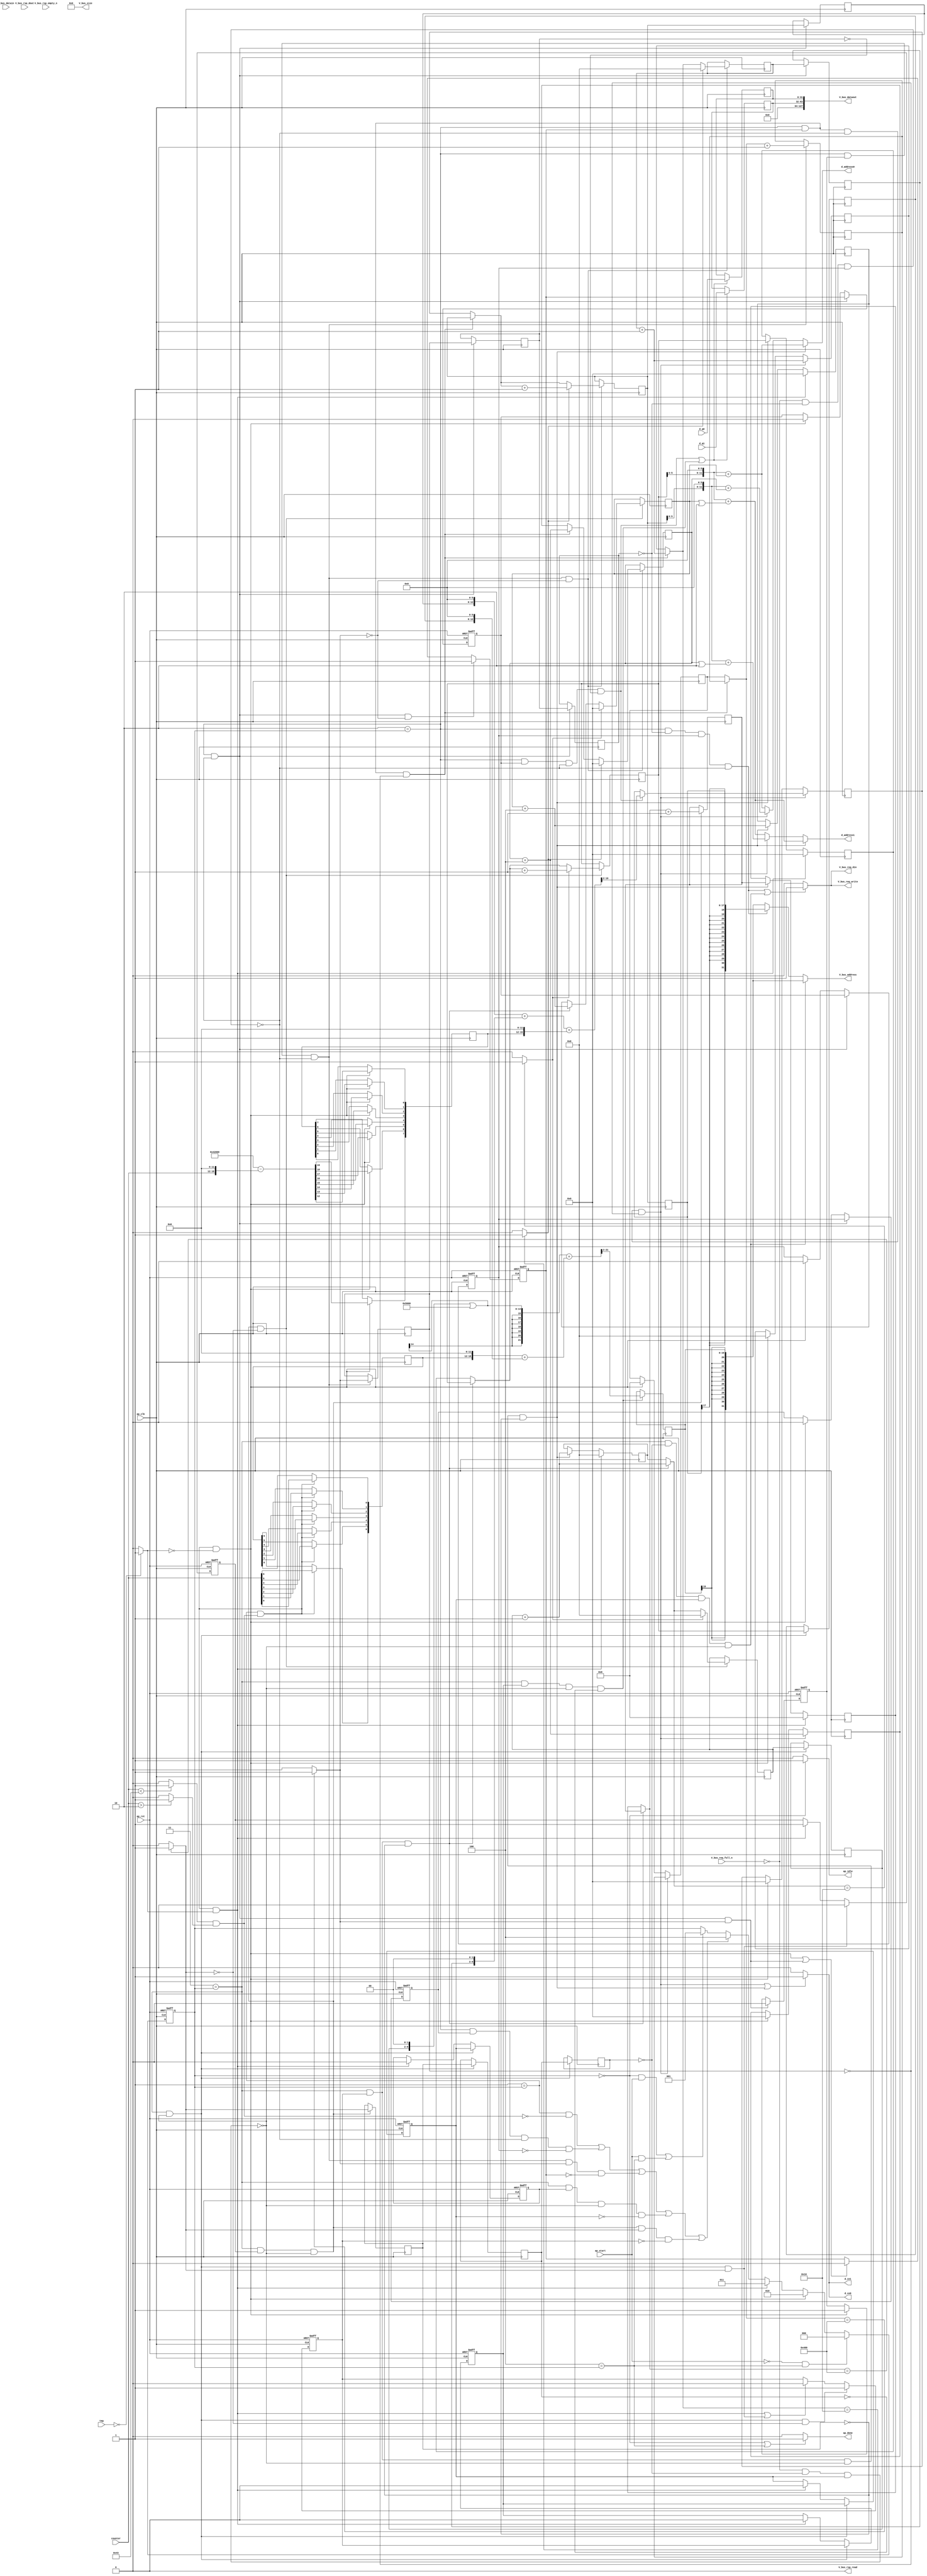
// ==============================================================
// RTL generated by AutoESL - High-Level Synthesis System (C, C++, SystemC)
// Version: 2011.1
// Copyright (C) 2011 Xilinx Inc. All rights reserved.
// 
// ===========================================================

`timescale 1 ns / 1 ps 

module write_r (
        ap_clk,
        ap_rst,
        ap_start,
        ap_done,
        ap_idle,
        tag,
        counter,
        d_address0,
        d_ce0,
        d_q0,
        d_address1,
        d_ce1,
        d_q1,
        V_bus_req_din,
        V_bus_req_full_n,
        V_bus_req_write,
        V_bus_rsp_dout,
        V_bus_rsp_empty_n,
        V_bus_rsp_read,
        V_bus_address,
        V_bus_datain,
        V_bus_dataout,
        V_bus_size
);

input   ap_clk;
input   ap_rst;
input   ap_start;
output   ap_done;
output   ap_idle;
input  [1:0] tag;
input  [6:0] counter;
output  [11:0] d_address0;
output   d_ce0;
input  [31:0] d_q0;
output  [11:0] d_address1;
output   d_ce1;
input  [31:0] d_q1;
output   V_bus_req_din;
input   V_bus_req_full_n;
output   V_bus_req_write;
input   V_bus_rsp_dout;
input   V_bus_rsp_empty_n;
output   V_bus_rsp_read;
output  [31:0] V_bus_address;
input  [127:0] V_bus_datain;
output  [127:0] V_bus_dataout;
output  [31:0] V_bus_size;

reg ap_done;
reg ap_idle;
reg[11:0] d_address0;
reg d_ce0;
reg[11:0] d_address1;
reg d_ce1;
reg V_bus_req_din;
reg V_bus_req_write;
reg[31:0] V_bus_address;
reg[127:0] V_bus_dataout;
reg   [2:0] ap_CS_fsm;
reg   [10:0] indvar_flatten1_reg_135;
reg   [6:0] i_1_reg_146;
reg   [4:0] indvar_reg_157;
reg   [6:0] j_1_reg_168;
reg   [10:0] indvar_flatten_reg_179;
reg   [6:0] i_reg_190;
reg   [4:0] indvar1_reg_201;
reg   [6:0] j_reg_212;
reg   [31:0] reg_224;
reg    ap_reg_ppiten_pp0_it2;
reg    ap_reg_ppiten_pp0_it0;
reg    ap_reg_ppiten_pp0_it1;
reg   [0:0] exitcond2_reg_672;
reg   [0:0] ap_reg_ppstg_exitcond2_reg_672_pp0_it2;
reg    ap_sig_bdd_73;
reg    ap_reg_ppiten_pp0_it3;
reg    ap_reg_ppiten_pp0_it4;
reg   [0:0] ap_reg_ppstg_exitcond2_reg_672_pp0_it1;
reg    ap_reg_ppiten_pp1_it2;
reg    ap_reg_ppiten_pp1_it0;
reg    ap_reg_ppiten_pp1_it1;
reg   [0:0] exitcond_reg_736;
reg   [0:0] ap_reg_ppstg_exitcond_reg_736_pp1_it2;
reg    ap_sig_bdd_96;
reg    ap_reg_ppiten_pp1_it3;
reg    ap_reg_ppiten_pp1_it4;
reg   [0:0] ap_reg_ppstg_exitcond_reg_736_pp1_it1;
reg   [31:0] reg_228;
wire   [19:0] tmp1_cast_fu_266_p1;
reg   [19:0] tmp1_cast_reg_662;
wire   [0:0] or_cond_fu_244_p2;
wire   [19:0] tmp3_fu_270_p2;
reg   [19:0] tmp3_reg_667;
wire   [0:0] tmp_3_fu_250_p2;
wire   [0:0] exitcond2_fu_276_p2;
reg   [10:0] indvar_flatten_next1_reg_676;
reg   [4:0] indvar_mid2_reg_681;
reg   [4:0] ap_reg_ppstg_indvar_mid2_reg_681_pp0_it1;
reg   [6:0] j_1_mid2_reg_687;
reg   [6:0] i_1_mid2_reg_694;
reg   [6:0] ap_reg_ppstg_i_1_mid2_reg_694_pp0_it1;
wire   [6:0] tmp_18_fu_371_p2;
wire   [4:0] indvar_next_fu_376_p2;
reg   [17:0] tmp_16_reg_721;
wire   [127:0] tmp_15_fu_444_p1;
wire   [0:0] exitcond_fu_459_p2;
reg   [10:0] indvar_flatten_next_reg_740;
reg   [4:0] indvar1_mid2_reg_745;
reg   [4:0] ap_reg_ppstg_indvar1_mid2_reg_745_pp1_it1;
reg   [6:0] j_mid2_reg_751;
reg   [6:0] i_mid2_reg_758;
reg   [6:0] ap_reg_ppstg_i_mid2_reg_758_pp1_it1;
wire   [6:0] tmp_10_fu_554_p2;
wire   [4:0] indvar_next1_fu_559_p2;
reg   [19:0] tmp_7_reg_785;
wire   [127:0] tmp_s_fu_641_p1;
reg   [10:0] indvar_flatten1_phi_fu_139_p4;
reg   [6:0] i_1_phi_fu_150_p4;
reg   [4:0] indvar_phi_fu_161_p4;
reg   [6:0] j_1_phi_fu_172_p4;
reg   [10:0] indvar_flatten_phi_fu_183_p4;
reg   [6:0] i_phi_fu_194_p4;
reg   [4:0] indvar1_phi_fu_205_p4;
reg   [6:0] j_phi_fu_216_p4;
wire   [63:0] tmp_12_fu_346_p1;
wire   [63:0] tmp_14_fu_366_p1;
wire   [63:0] tmp_5_fu_529_p1;
wire   [63:0] tmp_6_fu_549_p1;
wire   [63:0] tmp_17_fu_449_p1;
wire   [63:0] tmp_9_fu_646_p1;
wire   [0:0] tmp_1_fu_232_p2;
wire   [0:0] tmp_2_fu_238_p2;
wire   [18:0] counter_cast_fu_256_p1;
wire   [18:0] tmp1_fu_260_p2;
wire   [0:0] exitcond3_fu_288_p2;
wire   [6:0] tmp_13_dup_fu_310_p2;
wire   [12:0] tmp_5_trn2_cast_fu_324_p1;
wire   [12:0] d_addr3_fu_330_p2;
wire   [13:0] d_addr3_cast_fu_336_p1;
wire   [13:0] tmp_14_trn_cast_fu_327_p1;
wire   [13:0] d_addr4_fu_340_p2;
wire   [6:0] tmp_13_fu_351_p2;
wire   [13:0] tmp_16_trn_cast_fu_356_p1;
wire   [13:0] d_addr1_fu_360_p2;
wire   [12:0] i_1_cast_fu_381_p1;
wire   [6:0] indvar_cast_fu_390_p1;
wire   [6:0] tmp_fu_393_p2;
wire   [12:0] tmp6_fu_384_p2;
wire   [12:0] tmp_cast_fu_399_p1;
wire   [12:0] tmp7_fu_403_p2;
wire   [19:0] tmp7_cast_cast_fu_409_p1;
wire   [19:0] tmp10_fu_413_p2;
wire   [31:0] tmp13_fu_432_p1;
wire   [31:0] tmp14_fu_428_p1;
wire   [63:0] p_0_fu_436_p3;
wire   [0:0] exitcond1_fu_471_p2;
wire   [6:0] tmp_6_dup_fu_493_p2;
wire   [12:0] tmp_4_trn7_cast_fu_507_p1;
wire   [12:0] d_addr8_fu_513_p2;
wire   [13:0] d_addr8_cast_fu_519_p1;
wire   [13:0] tmp_7_trn_cast_fu_510_p1;
wire   [13:0] d_addr9_fu_523_p2;
wire   [6:0] tmp_8_fu_534_p2;
wire   [13:0] tmp_9_trn_cast_fu_539_p1;
wire   [13:0] d_addr6_fu_543_p2;
wire   [12:0] i_cast_fu_564_p1;
wire   [12:0] tmp4_fu_567_p2;
wire   [19:0] tmp4_cast_fu_573_p1;
wire   [19:0] tmp2_fu_577_p2;
wire   [6:0] indvar1_cast_fu_586_p1;
wire   [6:0] tmp8_fu_589_p2;
wire   [14:0] tmp8_cast_fu_595_p1;
wire   [14:0] tmp5_fu_599_p2;
wire   [21:0] tmp9_fu_609_p0;
wire   [21:0] tmp2_cast_fu_582_p1;
wire   [21:0] tmp9_fu_609_p2;
wire   [31:0] tmp11_fu_629_p1;
wire   [31:0] tmp12_fu_625_p1;
wire   [63:0] p_s_fu_633_p3;
reg   [2:0] ap_NS_fsm;
parameter    ap_const_logic_1 = 1'b1;
parameter    ap_const_logic_0 = 1'b0;
parameter    ap_ST_st0_fsm_0 = 3'b000;
parameter    ap_ST_st1_fsm_1 = 3'b001;
parameter    ap_ST_pp0_stg0_fsm_2 = 3'b010;
parameter    ap_ST_pp1_stg0_fsm_3 = 3'b011;
parameter    ap_ST_st12_fsm_4 = 3'b100;
parameter    ap_const_lv1_0 = 1'b0;
parameter    ap_const_lv11_0 = 11'b00000000000;
parameter    ap_const_lv7_0 = 7'b0000000;
parameter    ap_const_lv5_0 = 5'b00000;
parameter    ap_const_lv32_0 = 32'b00000000000000000000000000000000;
parameter    ap_const_lv7_43 = 7'b1000011;
parameter    ap_const_lv7_2 = 7'b0000010;
parameter    ap_const_lv2_0 = 2'b00;
parameter    ap_const_lv19_C = 19'b0000000000000001100;
parameter    ap_const_lv20_42000 = 20'b01000010000000000000;
parameter    ap_const_lv11_400 = 11'b10000000000;
parameter    ap_const_lv11_1 = 11'b00000000001;
parameter    ap_const_lv5_10 = 5'b10000;
parameter    ap_const_lv7_1 = 7'b0000001;
parameter    ap_const_lv13_6 = 13'b0000000000110;
parameter    ap_const_lv7_4 = 7'b0000100;
parameter    ap_const_lv5_1 = 5'b00001;
parameter    ap_const_lv32_2 = 32'b00000000000000000000000000000010;
parameter    ap_const_lv32_13 = 32'b00000000000000000000000000010011;
parameter    ap_const_lv15_5000 = 15'b101000000000000;
parameter    ap_const_lv32_15 = 32'b00000000000000000000000000010101;
parameter    ap_true = 1'b1;




/// ap_CS_fsm assign process. ///
always @ (posedge ap_rst or posedge ap_clk)
begin : ap_ret_ap_CS_fsm
    if (ap_rst == 1'b1) begin
        ap_CS_fsm <= ap_ST_st0_fsm_0;
    end else begin
        ap_CS_fsm <= ap_NS_fsm;
    end
end

/// ap_reg_ppiten_pp0_it0 assign process. ///
always @ (posedge ap_rst or posedge ap_clk)
begin : ap_ret_ap_reg_ppiten_pp0_it0
    if (ap_rst == 1'b1) begin
        ap_reg_ppiten_pp0_it0 <= ap_const_logic_0;
    end else begin
        if (((ap_ST_pp0_stg0_fsm_2 == ap_CS_fsm) & ~(ap_sig_bdd_73 & (ap_const_logic_1 == ap_reg_ppiten_pp0_it3)) & ~(ap_const_lv1_0 == exitcond2_fu_276_p2))) begin
            ap_reg_ppiten_pp0_it0 <= ap_const_logic_0;
        end else if (((ap_ST_st1_fsm_1 == ap_CS_fsm) & ~(ap_const_lv1_0 == or_cond_fu_244_p2) & (ap_const_lv1_0 == tmp_3_fu_250_p2))) begin
            ap_reg_ppiten_pp0_it0 <= ap_const_logic_1;
        end
    end
end

/// ap_reg_ppiten_pp0_it1 assign process. ///
always @ (posedge ap_rst or posedge ap_clk)
begin : ap_ret_ap_reg_ppiten_pp0_it1
    if (ap_rst == 1'b1) begin
        ap_reg_ppiten_pp0_it1 <= ap_const_logic_0;
    end else begin
        if (((ap_ST_pp0_stg0_fsm_2 == ap_CS_fsm) & ~(ap_sig_bdd_73 & (ap_const_logic_1 == ap_reg_ppiten_pp0_it3)) & (ap_const_lv1_0 == exitcond2_fu_276_p2))) begin
            ap_reg_ppiten_pp0_it1 <= ap_const_logic_1;
        end else if ((((ap_ST_st1_fsm_1 == ap_CS_fsm) & ~(ap_const_lv1_0 == or_cond_fu_244_p2) & (ap_const_lv1_0 == tmp_3_fu_250_p2)) | ((ap_ST_pp0_stg0_fsm_2 == ap_CS_fsm) & ~(ap_sig_bdd_73 & (ap_const_logic_1 == ap_reg_ppiten_pp0_it3)) & ~(ap_const_lv1_0 == exitcond2_fu_276_p2)))) begin
            ap_reg_ppiten_pp0_it1 <= ap_const_logic_0;
        end
    end
end

/// ap_reg_ppiten_pp0_it2 assign process. ///
always @ (posedge ap_rst or posedge ap_clk)
begin : ap_ret_ap_reg_ppiten_pp0_it2
    if (ap_rst == 1'b1) begin
        ap_reg_ppiten_pp0_it2 <= ap_const_logic_0;
    end else begin
        if (((ap_ST_pp0_stg0_fsm_2 == ap_CS_fsm) & ~(ap_sig_bdd_73 & (ap_const_logic_1 == ap_reg_ppiten_pp0_it3)))) begin
            ap_reg_ppiten_pp0_it2 <= ap_reg_ppiten_pp0_it1;
        end else if (((ap_ST_st1_fsm_1 == ap_CS_fsm) & ~(ap_const_lv1_0 == or_cond_fu_244_p2) & (ap_const_lv1_0 == tmp_3_fu_250_p2))) begin
            ap_reg_ppiten_pp0_it2 <= ap_const_logic_0;
        end
    end
end

/// ap_reg_ppiten_pp0_it3 assign process. ///
always @ (posedge ap_rst or posedge ap_clk)
begin : ap_ret_ap_reg_ppiten_pp0_it3
    if (ap_rst == 1'b1) begin
        ap_reg_ppiten_pp0_it3 <= ap_const_logic_0;
    end else begin
        if (((ap_ST_pp0_stg0_fsm_2 == ap_CS_fsm) & ~(ap_sig_bdd_73 & (ap_const_logic_1 == ap_reg_ppiten_pp0_it3)))) begin
            ap_reg_ppiten_pp0_it3 <= ap_reg_ppiten_pp0_it2;
        end else if (((ap_ST_st1_fsm_1 == ap_CS_fsm) & ~(ap_const_lv1_0 == or_cond_fu_244_p2) & (ap_const_lv1_0 == tmp_3_fu_250_p2))) begin
            ap_reg_ppiten_pp0_it3 <= ap_const_logic_0;
        end
    end
end

/// ap_reg_ppiten_pp0_it4 assign process. ///
always @ (posedge ap_rst or posedge ap_clk)
begin : ap_ret_ap_reg_ppiten_pp0_it4
    if (ap_rst == 1'b1) begin
        ap_reg_ppiten_pp0_it4 <= ap_const_logic_0;
    end else begin
        if (((ap_ST_pp0_stg0_fsm_2 == ap_CS_fsm) & ~(ap_sig_bdd_73 & (ap_const_logic_1 == ap_reg_ppiten_pp0_it3)))) begin
            ap_reg_ppiten_pp0_it4 <= ap_reg_ppiten_pp0_it3;
        end else if (((ap_ST_st1_fsm_1 == ap_CS_fsm) & ~(ap_const_lv1_0 == or_cond_fu_244_p2) & (ap_const_lv1_0 == tmp_3_fu_250_p2))) begin
            ap_reg_ppiten_pp0_it4 <= ap_const_logic_0;
        end
    end
end

/// ap_reg_ppiten_pp1_it0 assign process. ///
always @ (posedge ap_rst or posedge ap_clk)
begin : ap_ret_ap_reg_ppiten_pp1_it0
    if (ap_rst == 1'b1) begin
        ap_reg_ppiten_pp1_it0 <= ap_const_logic_0;
    end else begin
        if (((ap_ST_pp1_stg0_fsm_3 == ap_CS_fsm) & ~(ap_sig_bdd_96 & (ap_const_logic_1 == ap_reg_ppiten_pp1_it3)) & ~(ap_const_lv1_0 == exitcond_fu_459_p2))) begin
            ap_reg_ppiten_pp1_it0 <= ap_const_logic_0;
        end else if (((ap_ST_st1_fsm_1 == ap_CS_fsm) & ~(ap_const_lv1_0 == or_cond_fu_244_p2) & ~(ap_const_lv1_0 == tmp_3_fu_250_p2))) begin
            ap_reg_ppiten_pp1_it0 <= ap_const_logic_1;
        end
    end
end

/// ap_reg_ppiten_pp1_it1 assign process. ///
always @ (posedge ap_rst or posedge ap_clk)
begin : ap_ret_ap_reg_ppiten_pp1_it1
    if (ap_rst == 1'b1) begin
        ap_reg_ppiten_pp1_it1 <= ap_const_logic_0;
    end else begin
        if (((ap_ST_pp1_stg0_fsm_3 == ap_CS_fsm) & ~(ap_sig_bdd_96 & (ap_const_logic_1 == ap_reg_ppiten_pp1_it3)) & (ap_const_lv1_0 == exitcond_fu_459_p2))) begin
            ap_reg_ppiten_pp1_it1 <= ap_const_logic_1;
        end else if ((((ap_ST_st1_fsm_1 == ap_CS_fsm) & ~(ap_const_lv1_0 == or_cond_fu_244_p2) & ~(ap_const_lv1_0 == tmp_3_fu_250_p2)) | ((ap_ST_pp1_stg0_fsm_3 == ap_CS_fsm) & ~(ap_sig_bdd_96 & (ap_const_logic_1 == ap_reg_ppiten_pp1_it3)) & ~(ap_const_lv1_0 == exitcond_fu_459_p2)))) begin
            ap_reg_ppiten_pp1_it1 <= ap_const_logic_0;
        end
    end
end

/// ap_reg_ppiten_pp1_it2 assign process. ///
always @ (posedge ap_rst or posedge ap_clk)
begin : ap_ret_ap_reg_ppiten_pp1_it2
    if (ap_rst == 1'b1) begin
        ap_reg_ppiten_pp1_it2 <= ap_const_logic_0;
    end else begin
        if (((ap_ST_pp1_stg0_fsm_3 == ap_CS_fsm) & ~(ap_sig_bdd_96 & (ap_const_logic_1 == ap_reg_ppiten_pp1_it3)))) begin
            ap_reg_ppiten_pp1_it2 <= ap_reg_ppiten_pp1_it1;
        end else if (((ap_ST_st1_fsm_1 == ap_CS_fsm) & ~(ap_const_lv1_0 == or_cond_fu_244_p2) & ~(ap_const_lv1_0 == tmp_3_fu_250_p2))) begin
            ap_reg_ppiten_pp1_it2 <= ap_const_logic_0;
        end
    end
end

/// ap_reg_ppiten_pp1_it3 assign process. ///
always @ (posedge ap_rst or posedge ap_clk)
begin : ap_ret_ap_reg_ppiten_pp1_it3
    if (ap_rst == 1'b1) begin
        ap_reg_ppiten_pp1_it3 <= ap_const_logic_0;
    end else begin
        if (((ap_ST_pp1_stg0_fsm_3 == ap_CS_fsm) & ~(ap_sig_bdd_96 & (ap_const_logic_1 == ap_reg_ppiten_pp1_it3)))) begin
            ap_reg_ppiten_pp1_it3 <= ap_reg_ppiten_pp1_it2;
        end else if (((ap_ST_st1_fsm_1 == ap_CS_fsm) & ~(ap_const_lv1_0 == or_cond_fu_244_p2) & ~(ap_const_lv1_0 == tmp_3_fu_250_p2))) begin
            ap_reg_ppiten_pp1_it3 <= ap_const_logic_0;
        end
    end
end

/// ap_reg_ppiten_pp1_it4 assign process. ///
always @ (posedge ap_rst or posedge ap_clk)
begin : ap_ret_ap_reg_ppiten_pp1_it4
    if (ap_rst == 1'b1) begin
        ap_reg_ppiten_pp1_it4 <= ap_const_logic_0;
    end else begin
        if (((ap_ST_pp1_stg0_fsm_3 == ap_CS_fsm) & ~(ap_sig_bdd_96 & (ap_const_logic_1 == ap_reg_ppiten_pp1_it3)))) begin
            ap_reg_ppiten_pp1_it4 <= ap_reg_ppiten_pp1_it3;
        end else if (((ap_ST_st1_fsm_1 == ap_CS_fsm) & ~(ap_const_lv1_0 == or_cond_fu_244_p2) & ~(ap_const_lv1_0 == tmp_3_fu_250_p2))) begin
            ap_reg_ppiten_pp1_it4 <= ap_const_logic_0;
        end
    end
end

/// assign process. ///
always @(posedge ap_clk)
begin
    if (((ap_ST_pp0_stg0_fsm_2 == ap_CS_fsm) & ~(ap_sig_bdd_73 & (ap_const_logic_1 == ap_reg_ppiten_pp0_it3)))) begin
        ap_reg_ppstg_exitcond2_reg_672_pp0_it1 <= exitcond2_reg_672;
    end
    if (((ap_ST_pp0_stg0_fsm_2 == ap_CS_fsm) & ~(ap_sig_bdd_73 & (ap_const_logic_1 == ap_reg_ppiten_pp0_it3)))) begin
        ap_reg_ppstg_exitcond2_reg_672_pp0_it2 <= ap_reg_ppstg_exitcond2_reg_672_pp0_it1;
    end
    if (((ap_ST_pp1_stg0_fsm_3 == ap_CS_fsm) & ~(ap_sig_bdd_96 & (ap_const_logic_1 == ap_reg_ppiten_pp1_it3)))) begin
        ap_reg_ppstg_exitcond_reg_736_pp1_it1 <= exitcond_reg_736;
    end
    if (((ap_ST_pp1_stg0_fsm_3 == ap_CS_fsm) & ~(ap_sig_bdd_96 & (ap_const_logic_1 == ap_reg_ppiten_pp1_it3)))) begin
        ap_reg_ppstg_exitcond_reg_736_pp1_it2 <= ap_reg_ppstg_exitcond_reg_736_pp1_it1;
    end
    if (((ap_ST_pp0_stg0_fsm_2 == ap_CS_fsm) & ~(ap_sig_bdd_73 & (ap_const_logic_1 == ap_reg_ppiten_pp0_it3)))) begin
        ap_reg_ppstg_i_1_mid2_reg_694_pp0_it1 <= i_1_mid2_reg_694;
    end
    if (((ap_ST_pp1_stg0_fsm_3 == ap_CS_fsm) & ~(ap_sig_bdd_96 & (ap_const_logic_1 == ap_reg_ppiten_pp1_it3)))) begin
        ap_reg_ppstg_i_mid2_reg_758_pp1_it1 <= i_mid2_reg_758;
    end
    if (((ap_ST_pp1_stg0_fsm_3 == ap_CS_fsm) & ~(ap_sig_bdd_96 & (ap_const_logic_1 == ap_reg_ppiten_pp1_it3)))) begin
        ap_reg_ppstg_indvar1_mid2_reg_745_pp1_it1 <= indvar1_mid2_reg_745;
    end
    if (((ap_ST_pp0_stg0_fsm_2 == ap_CS_fsm) & ~(ap_sig_bdd_73 & (ap_const_logic_1 == ap_reg_ppiten_pp0_it3)))) begin
        ap_reg_ppstg_indvar_mid2_reg_681_pp0_it1 <= indvar_mid2_reg_681;
    end
    if (((ap_ST_pp0_stg0_fsm_2 == ap_CS_fsm) & (ap_const_logic_1 == ap_reg_ppiten_pp0_it0) & ~(ap_sig_bdd_73 & (ap_const_logic_1 == ap_reg_ppiten_pp0_it3)))) begin
        exitcond2_reg_672 <= (indvar_flatten1_phi_fu_139_p4 == ap_const_lv11_400? 1'b1: 1'b0);
    end
    if (((ap_ST_pp1_stg0_fsm_3 == ap_CS_fsm) & (ap_const_logic_1 == ap_reg_ppiten_pp1_it0) & ~(ap_sig_bdd_96 & (ap_const_logic_1 == ap_reg_ppiten_pp1_it3)))) begin
        exitcond_reg_736 <= (indvar_flatten_phi_fu_183_p4 == ap_const_lv11_400? 1'b1: 1'b0);
    end
    if (((ap_ST_pp0_stg0_fsm_2 == ap_CS_fsm) & (ap_const_logic_1 == ap_reg_ppiten_pp0_it0) & ~(ap_sig_bdd_73 & (ap_const_logic_1 == ap_reg_ppiten_pp0_it3)) & (ap_const_lv1_0 == exitcond2_fu_276_p2))) begin
        if (exitcond3_fu_288_p2) begin
            i_1_mid2_reg_694 <= tmp_13_dup_fu_310_p2;
        end else begin
            i_1_mid2_reg_694 <= i_1_phi_fu_150_p4;
        end

    end
    if (((ap_ST_pp0_stg0_fsm_2 == ap_CS_fsm) & (ap_const_logic_1 == ap_reg_ppiten_pp0_it1) & ~(ap_sig_bdd_73 & (ap_const_logic_1 == ap_reg_ppiten_pp0_it3)) & (exitcond2_reg_672 == ap_const_lv1_0))) begin
        i_1_reg_146 <= i_1_mid2_reg_694;
    end else if (((ap_ST_st1_fsm_1 == ap_CS_fsm) & ~(ap_const_lv1_0 == or_cond_fu_244_p2) & (ap_const_lv1_0 == tmp_3_fu_250_p2))) begin
        i_1_reg_146 <= ap_const_lv7_0;
    end
    if (((ap_ST_pp1_stg0_fsm_3 == ap_CS_fsm) & (ap_const_logic_1 == ap_reg_ppiten_pp1_it0) & ~(ap_sig_bdd_96 & (ap_const_logic_1 == ap_reg_ppiten_pp1_it3)) & (ap_const_lv1_0 == exitcond_fu_459_p2))) begin
        if (exitcond1_fu_471_p2) begin
            i_mid2_reg_758 <= tmp_6_dup_fu_493_p2;
        end else begin
            i_mid2_reg_758 <= i_phi_fu_194_p4;
        end

    end
    if (((ap_ST_st1_fsm_1 == ap_CS_fsm) & ~(ap_const_lv1_0 == or_cond_fu_244_p2) & ~(ap_const_lv1_0 == tmp_3_fu_250_p2))) begin
        i_reg_190 <= ap_const_lv7_0;
    end else if (((ap_ST_pp1_stg0_fsm_3 == ap_CS_fsm) & (ap_const_logic_1 == ap_reg_ppiten_pp1_it1) & ~(ap_sig_bdd_96 & (ap_const_logic_1 == ap_reg_ppiten_pp1_it3)) & (ap_const_lv1_0 == exitcond_reg_736))) begin
        i_reg_190 <= i_mid2_reg_758;
    end
    if (((ap_ST_pp1_stg0_fsm_3 == ap_CS_fsm) & (ap_const_logic_1 == ap_reg_ppiten_pp1_it0) & ~(ap_sig_bdd_96 & (ap_const_logic_1 == ap_reg_ppiten_pp1_it3)) & (ap_const_lv1_0 == exitcond_fu_459_p2))) begin
        if (exitcond1_fu_471_p2) begin
            indvar1_mid2_reg_745 <= ap_const_lv5_0;
        end else begin
            indvar1_mid2_reg_745 <= indvar1_phi_fu_205_p4;
        end

    end
    if (((ap_ST_st1_fsm_1 == ap_CS_fsm) & ~(ap_const_lv1_0 == or_cond_fu_244_p2) & ~(ap_const_lv1_0 == tmp_3_fu_250_p2))) begin
        indvar1_reg_201 <= ap_const_lv5_0;
    end else if (((ap_ST_pp1_stg0_fsm_3 == ap_CS_fsm) & (ap_const_logic_1 == ap_reg_ppiten_pp1_it1) & ~(ap_sig_bdd_96 & (ap_const_logic_1 == ap_reg_ppiten_pp1_it3)) & (ap_const_lv1_0 == exitcond_reg_736))) begin
        indvar1_reg_201 <= (indvar1_mid2_reg_745 + ap_const_lv5_1);
    end
    if (((ap_ST_pp0_stg0_fsm_2 == ap_CS_fsm) & (ap_const_logic_1 == ap_reg_ppiten_pp0_it1) & ~(ap_sig_bdd_73 & (ap_const_logic_1 == ap_reg_ppiten_pp0_it3)) & (exitcond2_reg_672 == ap_const_lv1_0))) begin
        indvar_flatten1_reg_135 <= indvar_flatten_next1_reg_676;
    end else if (((ap_ST_st1_fsm_1 == ap_CS_fsm) & ~(ap_const_lv1_0 == or_cond_fu_244_p2) & (ap_const_lv1_0 == tmp_3_fu_250_p2))) begin
        indvar_flatten1_reg_135 <= ap_const_lv11_0;
    end
    if (((ap_ST_pp0_stg0_fsm_2 == ap_CS_fsm) & (ap_const_logic_1 == ap_reg_ppiten_pp0_it0) & ~(ap_sig_bdd_73 & (ap_const_logic_1 == ap_reg_ppiten_pp0_it3)))) begin
        indvar_flatten_next1_reg_676 <= (indvar_flatten1_phi_fu_139_p4 + ap_const_lv11_1);
    end
    if (((ap_ST_pp1_stg0_fsm_3 == ap_CS_fsm) & (ap_const_logic_1 == ap_reg_ppiten_pp1_it0) & ~(ap_sig_bdd_96 & (ap_const_logic_1 == ap_reg_ppiten_pp1_it3)))) begin
        indvar_flatten_next_reg_740 <= (indvar_flatten_phi_fu_183_p4 + ap_const_lv11_1);
    end
    if (((ap_ST_st1_fsm_1 == ap_CS_fsm) & ~(ap_const_lv1_0 == or_cond_fu_244_p2) & ~(ap_const_lv1_0 == tmp_3_fu_250_p2))) begin
        indvar_flatten_reg_179 <= ap_const_lv11_0;
    end else if (((ap_ST_pp1_stg0_fsm_3 == ap_CS_fsm) & (ap_const_logic_1 == ap_reg_ppiten_pp1_it1) & ~(ap_sig_bdd_96 & (ap_const_logic_1 == ap_reg_ppiten_pp1_it3)) & (ap_const_lv1_0 == exitcond_reg_736))) begin
        indvar_flatten_reg_179 <= indvar_flatten_next_reg_740;
    end
    if (((ap_ST_pp0_stg0_fsm_2 == ap_CS_fsm) & (ap_const_logic_1 == ap_reg_ppiten_pp0_it0) & ~(ap_sig_bdd_73 & (ap_const_logic_1 == ap_reg_ppiten_pp0_it3)) & (ap_const_lv1_0 == exitcond2_fu_276_p2))) begin
        if (exitcond3_fu_288_p2) begin
            indvar_mid2_reg_681 <= ap_const_lv5_0;
        end else begin
            indvar_mid2_reg_681 <= indvar_phi_fu_161_p4;
        end

    end
    if (((ap_ST_pp0_stg0_fsm_2 == ap_CS_fsm) & (ap_const_logic_1 == ap_reg_ppiten_pp0_it1) & ~(ap_sig_bdd_73 & (ap_const_logic_1 == ap_reg_ppiten_pp0_it3)) & (exitcond2_reg_672 == ap_const_lv1_0))) begin
        indvar_reg_157 <= (indvar_mid2_reg_681 + ap_const_lv5_1);
    end else if (((ap_ST_st1_fsm_1 == ap_CS_fsm) & ~(ap_const_lv1_0 == or_cond_fu_244_p2) & (ap_const_lv1_0 == tmp_3_fu_250_p2))) begin
        indvar_reg_157 <= ap_const_lv5_0;
    end
    if (((ap_ST_pp0_stg0_fsm_2 == ap_CS_fsm) & (ap_const_logic_1 == ap_reg_ppiten_pp0_it0) & ~(ap_sig_bdd_73 & (ap_const_logic_1 == ap_reg_ppiten_pp0_it3)) & (ap_const_lv1_0 == exitcond2_fu_276_p2))) begin
        if (exitcond3_fu_288_p2) begin
            j_1_mid2_reg_687 <= ap_const_lv7_0;
        end else begin
            j_1_mid2_reg_687 <= j_1_phi_fu_172_p4;
        end

    end
    if (((ap_ST_pp0_stg0_fsm_2 == ap_CS_fsm) & (ap_const_logic_1 == ap_reg_ppiten_pp0_it1) & ~(ap_sig_bdd_73 & (ap_const_logic_1 == ap_reg_ppiten_pp0_it3)) & (exitcond2_reg_672 == ap_const_lv1_0))) begin
        j_1_reg_168 <= (j_1_mid2_reg_687 + ap_const_lv7_4);
    end else if (((ap_ST_st1_fsm_1 == ap_CS_fsm) & ~(ap_const_lv1_0 == or_cond_fu_244_p2) & (ap_const_lv1_0 == tmp_3_fu_250_p2))) begin
        j_1_reg_168 <= ap_const_lv7_0;
    end
    if (((ap_ST_pp1_stg0_fsm_3 == ap_CS_fsm) & (ap_const_logic_1 == ap_reg_ppiten_pp1_it0) & ~(ap_sig_bdd_96 & (ap_const_logic_1 == ap_reg_ppiten_pp1_it3)) & (ap_const_lv1_0 == exitcond_fu_459_p2))) begin
        if (exitcond1_fu_471_p2) begin
            j_mid2_reg_751 <= ap_const_lv7_0;
        end else begin
            j_mid2_reg_751 <= j_phi_fu_216_p4;
        end

    end
    if (((ap_ST_st1_fsm_1 == ap_CS_fsm) & ~(ap_const_lv1_0 == or_cond_fu_244_p2) & ~(ap_const_lv1_0 == tmp_3_fu_250_p2))) begin
        j_reg_212 <= ap_const_lv7_0;
    end else if (((ap_ST_pp1_stg0_fsm_3 == ap_CS_fsm) & (ap_const_logic_1 == ap_reg_ppiten_pp1_it1) & ~(ap_sig_bdd_96 & (ap_const_logic_1 == ap_reg_ppiten_pp1_it3)) & (ap_const_lv1_0 == exitcond_reg_736))) begin
        j_reg_212 <= (j_mid2_reg_751 + ap_const_lv7_4);
    end
    if ((((ap_ST_pp0_stg0_fsm_2 == ap_CS_fsm) & (ap_const_logic_1 == ap_reg_ppiten_pp0_it2) & ~(ap_sig_bdd_73 & (ap_const_logic_1 == ap_reg_ppiten_pp0_it3)) & (ap_const_lv1_0 == ap_reg_ppstg_exitcond2_reg_672_pp0_it1)) | ((ap_ST_pp1_stg0_fsm_3 == ap_CS_fsm) & (ap_const_logic_1 == ap_reg_ppiten_pp1_it2) & ~(ap_sig_bdd_96 & (ap_const_logic_1 == ap_reg_ppiten_pp1_it3)) & (ap_const_lv1_0 == ap_reg_ppstg_exitcond_reg_736_pp1_it1)))) begin
        reg_224 <= d_q0;
    end
    if ((((ap_ST_pp0_stg0_fsm_2 == ap_CS_fsm) & (ap_const_logic_1 == ap_reg_ppiten_pp0_it2) & ~(ap_sig_bdd_73 & (ap_const_logic_1 == ap_reg_ppiten_pp0_it3)) & (ap_const_lv1_0 == ap_reg_ppstg_exitcond2_reg_672_pp0_it1)) | ((ap_ST_pp1_stg0_fsm_3 == ap_CS_fsm) & (ap_const_logic_1 == ap_reg_ppiten_pp1_it2) & ~(ap_sig_bdd_96 & (ap_const_logic_1 == ap_reg_ppiten_pp1_it3)) & (ap_const_lv1_0 == ap_reg_ppstg_exitcond_reg_736_pp1_it1)))) begin
        reg_228 <= d_q1;
    end
    if (((ap_ST_st1_fsm_1 == ap_CS_fsm) & ~(ap_const_lv1_0 == or_cond_fu_244_p2))) begin
        tmp1_cast_reg_662[12] <= tmp1_cast_fu_266_p1[12];
        tmp1_cast_reg_662[13] <= tmp1_cast_fu_266_p1[13];
        tmp1_cast_reg_662[14] <= tmp1_cast_fu_266_p1[14];
        tmp1_cast_reg_662[15] <= tmp1_cast_fu_266_p1[15];
        tmp1_cast_reg_662[16] <= tmp1_cast_fu_266_p1[16];
        tmp1_cast_reg_662[17] <= tmp1_cast_fu_266_p1[17];
        tmp1_cast_reg_662[18] <= tmp1_cast_fu_266_p1[18];
    end
    if (((ap_ST_st1_fsm_1 == ap_CS_fsm) & ~(ap_const_lv1_0 == or_cond_fu_244_p2) & (ap_const_lv1_0 == tmp_3_fu_250_p2))) begin
        tmp3_reg_667[12] <= tmp3_fu_270_p2[12];
        tmp3_reg_667[13] <= tmp3_fu_270_p2[13];
        tmp3_reg_667[14] <= tmp3_fu_270_p2[14];
        tmp3_reg_667[15] <= tmp3_fu_270_p2[15];
        tmp3_reg_667[16] <= tmp3_fu_270_p2[16];
        tmp3_reg_667[17] <= tmp3_fu_270_p2[17];
        tmp3_reg_667[18] <= tmp3_fu_270_p2[18];
        tmp3_reg_667[19] <= tmp3_fu_270_p2[19];
    end
    if (((ap_ST_pp0_stg0_fsm_2 == ap_CS_fsm) & (ap_const_logic_1 == ap_reg_ppiten_pp0_it2) & ~(ap_sig_bdd_73 & (ap_const_logic_1 == ap_reg_ppiten_pp0_it3)) & (ap_const_lv1_0 == ap_reg_ppstg_exitcond2_reg_672_pp0_it1))) begin
        tmp_16_reg_721 <= {{tmp10_fu_413_p2[ap_const_lv32_13 : ap_const_lv32_2]}};
    end
    if (((ap_ST_pp1_stg0_fsm_3 == ap_CS_fsm) & (ap_const_logic_1 == ap_reg_ppiten_pp1_it2) & ~(ap_sig_bdd_96 & (ap_const_logic_1 == ap_reg_ppiten_pp1_it3)) & (ap_const_lv1_0 == ap_reg_ppstg_exitcond_reg_736_pp1_it1))) begin
        tmp_7_reg_785 <= {{tmp9_fu_609_p2[ap_const_lv32_15 : ap_const_lv32_2]}};
    end
end

/// V_bus_address assign process. ///
always @ (ap_CS_fsm or ap_reg_ppstg_exitcond2_reg_672_pp0_it2 or ap_sig_bdd_73 or ap_reg_ppiten_pp0_it3 or ap_reg_ppstg_exitcond_reg_736_pp1_it2 or ap_sig_bdd_96 or ap_reg_ppiten_pp1_it3 or tmp_17_fu_449_p1 or tmp_9_fu_646_p1)
begin
    if (((ap_ST_pp1_stg0_fsm_3 == ap_CS_fsm) & (ap_const_lv1_0 == ap_reg_ppstg_exitcond_reg_736_pp1_it2) & (ap_const_logic_1 == ap_reg_ppiten_pp1_it3) & ~(ap_sig_bdd_96 & (ap_const_logic_1 == ap_reg_ppiten_pp1_it3)))) begin
        V_bus_address = tmp_9_fu_646_p1;
    end else if (((ap_ST_pp0_stg0_fsm_2 == ap_CS_fsm) & (ap_reg_ppstg_exitcond2_reg_672_pp0_it2 == ap_const_lv1_0) & (ap_const_logic_1 == ap_reg_ppiten_pp0_it3) & ~(ap_sig_bdd_73 & (ap_const_logic_1 == ap_reg_ppiten_pp0_it3)))) begin
        V_bus_address = tmp_17_fu_449_p1;
    end else begin
        V_bus_address = tmp_9_fu_646_p1;
    end
end

/// V_bus_dataout assign process. ///
always @ (ap_CS_fsm or ap_reg_ppstg_exitcond2_reg_672_pp0_it2 or ap_sig_bdd_73 or ap_reg_ppiten_pp0_it3 or ap_reg_ppstg_exitcond_reg_736_pp1_it2 or ap_sig_bdd_96 or ap_reg_ppiten_pp1_it3 or tmp_15_fu_444_p1 or tmp_s_fu_641_p1)
begin
    if (((ap_ST_pp1_stg0_fsm_3 == ap_CS_fsm) & (ap_const_lv1_0 == ap_reg_ppstg_exitcond_reg_736_pp1_it2) & (ap_const_logic_1 == ap_reg_ppiten_pp1_it3) & ~(ap_sig_bdd_96 & (ap_const_logic_1 == ap_reg_ppiten_pp1_it3)))) begin
        V_bus_dataout = tmp_s_fu_641_p1;
    end else if (((ap_ST_pp0_stg0_fsm_2 == ap_CS_fsm) & (ap_reg_ppstg_exitcond2_reg_672_pp0_it2 == ap_const_lv1_0) & (ap_const_logic_1 == ap_reg_ppiten_pp0_it3) & ~(ap_sig_bdd_73 & (ap_const_logic_1 == ap_reg_ppiten_pp0_it3)))) begin
        V_bus_dataout = tmp_15_fu_444_p1;
    end else begin
        V_bus_dataout = tmp_s_fu_641_p1;
    end
end

/// V_bus_req_din assign process. ///
always @ (ap_CS_fsm or ap_reg_ppstg_exitcond2_reg_672_pp0_it2 or ap_sig_bdd_73 or ap_reg_ppiten_pp0_it3 or ap_reg_ppstg_exitcond_reg_736_pp1_it2 or ap_sig_bdd_96 or ap_reg_ppiten_pp1_it3)
begin
    if ((((ap_ST_pp0_stg0_fsm_2 == ap_CS_fsm) & (ap_reg_ppstg_exitcond2_reg_672_pp0_it2 == ap_const_lv1_0) & (ap_const_logic_1 == ap_reg_ppiten_pp0_it3) & ~(ap_sig_bdd_73 & (ap_const_logic_1 == ap_reg_ppiten_pp0_it3))) | ((ap_ST_pp1_stg0_fsm_3 == ap_CS_fsm) & (ap_const_lv1_0 == ap_reg_ppstg_exitcond_reg_736_pp1_it2) & (ap_const_logic_1 == ap_reg_ppiten_pp1_it3) & ~(ap_sig_bdd_96 & (ap_const_logic_1 == ap_reg_ppiten_pp1_it3))))) begin
        V_bus_req_din = ap_const_logic_1;
    end else begin
        V_bus_req_din = ap_const_logic_0;
    end
end

/// V_bus_req_write assign process. ///
always @ (ap_CS_fsm or ap_reg_ppstg_exitcond2_reg_672_pp0_it2 or ap_sig_bdd_73 or ap_reg_ppiten_pp0_it3 or ap_reg_ppstg_exitcond_reg_736_pp1_it2 or ap_sig_bdd_96 or ap_reg_ppiten_pp1_it3)
begin
    if ((((ap_ST_pp0_stg0_fsm_2 == ap_CS_fsm) & (ap_reg_ppstg_exitcond2_reg_672_pp0_it2 == ap_const_lv1_0) & (ap_const_logic_1 == ap_reg_ppiten_pp0_it3) & ~(ap_sig_bdd_73 & (ap_const_logic_1 == ap_reg_ppiten_pp0_it3))) | ((ap_ST_pp1_stg0_fsm_3 == ap_CS_fsm) & (ap_const_lv1_0 == ap_reg_ppstg_exitcond_reg_736_pp1_it2) & (ap_const_logic_1 == ap_reg_ppiten_pp1_it3) & ~(ap_sig_bdd_96 & (ap_const_logic_1 == ap_reg_ppiten_pp1_it3))))) begin
        V_bus_req_write = ap_const_logic_1;
    end else begin
        V_bus_req_write = ap_const_logic_0;
    end
end

/// ap_NS_fsm assign process. ///
always @ (ap_start or ap_CS_fsm or ap_reg_ppiten_pp0_it0 or ap_reg_ppiten_pp0_it1 or ap_sig_bdd_73 or ap_reg_ppiten_pp0_it3 or ap_reg_ppiten_pp0_it4 or ap_reg_ppiten_pp1_it0 or ap_reg_ppiten_pp1_it1 or ap_sig_bdd_96 or ap_reg_ppiten_pp1_it3 or ap_reg_ppiten_pp1_it4 or or_cond_fu_244_p2 or tmp_3_fu_250_p2 or exitcond2_fu_276_p2 or exitcond_fu_459_p2)
begin
    if ((~(ap_const_logic_1 == ap_start) & (ap_ST_st12_fsm_4 == ap_CS_fsm))) begin
        ap_NS_fsm = ap_ST_st0_fsm_0;
    end else if (((ap_ST_st1_fsm_1 == ap_CS_fsm) & ~(ap_const_lv1_0 == or_cond_fu_244_p2) & (ap_const_lv1_0 == tmp_3_fu_250_p2))) begin
        ap_NS_fsm = ap_ST_pp0_stg0_fsm_2;
    end else if (((ap_ST_st1_fsm_1 == ap_CS_fsm) & ~(ap_const_lv1_0 == or_cond_fu_244_p2) & ~(ap_const_lv1_0 == tmp_3_fu_250_p2))) begin
        ap_NS_fsm = ap_ST_pp1_stg0_fsm_3;
    end else if ((((ap_ST_st1_fsm_1 == ap_CS_fsm) & (ap_const_lv1_0 == or_cond_fu_244_p2)) | ((ap_ST_pp0_stg0_fsm_2 == ap_CS_fsm) & (ap_const_logic_1 == ap_reg_ppiten_pp0_it4) & ~(ap_sig_bdd_73 & (ap_const_logic_1 == ap_reg_ppiten_pp0_it3)) & ~(ap_const_logic_1 == ap_reg_ppiten_pp0_it3)) | ((ap_ST_pp0_stg0_fsm_2 == ap_CS_fsm) & (ap_const_logic_1 == ap_reg_ppiten_pp0_it0) & ~(ap_sig_bdd_73 & (ap_const_logic_1 == ap_reg_ppiten_pp0_it3)) & ~(ap_const_lv1_0 == exitcond2_fu_276_p2) & ~(ap_const_logic_1 == ap_reg_ppiten_pp0_it1)) | ((ap_ST_pp1_stg0_fsm_3 == ap_CS_fsm) & (ap_const_logic_1 == ap_reg_ppiten_pp1_it4) & ~(ap_sig_bdd_96 & (ap_const_logic_1 == ap_reg_ppiten_pp1_it3)) & ~(ap_const_logic_1 == ap_reg_ppiten_pp1_it3)) | ((ap_ST_pp1_stg0_fsm_3 == ap_CS_fsm) & (ap_const_logic_1 == ap_reg_ppiten_pp1_it0) & ~(ap_sig_bdd_96 & (ap_const_logic_1 == ap_reg_ppiten_pp1_it3)) & ~(ap_const_lv1_0 == exitcond_fu_459_p2) & ~(ap_const_logic_1 == ap_reg_ppiten_pp1_it1)))) begin
        ap_NS_fsm = ap_ST_st12_fsm_4;
    end else if ((((ap_ST_st0_fsm_0 == ap_CS_fsm) & (ap_const_logic_1 == ap_start)) | ((ap_const_logic_1 == ap_start) & (ap_ST_st12_fsm_4 == ap_CS_fsm)))) begin
        ap_NS_fsm = ap_ST_st1_fsm_1;
    end else begin
        ap_NS_fsm = ap_CS_fsm;
    end
end

/// ap_done assign process. ///
always @ (ap_CS_fsm)
begin
    if (((ap_ST_st0_fsm_0 == ap_CS_fsm) | (ap_ST_st12_fsm_4 == ap_CS_fsm))) begin
        ap_done = ap_const_logic_1;
    end else begin
        ap_done = ap_const_logic_0;
    end
end

/// ap_idle assign process. ///
always @ (ap_CS_fsm)
begin
    if ((ap_ST_st0_fsm_0 == ap_CS_fsm)) begin
        ap_idle = ap_const_logic_1;
    end else begin
        ap_idle = ap_const_logic_0;
    end
end

/// d_address0 assign process. ///
always @ (ap_CS_fsm or ap_reg_ppiten_pp0_it1 or exitcond2_reg_672 or ap_sig_bdd_73 or ap_reg_ppiten_pp0_it3 or ap_reg_ppiten_pp1_it1 or exitcond_reg_736 or ap_sig_bdd_96 or ap_reg_ppiten_pp1_it3 or tmp_12_fu_346_p1 or tmp_5_fu_529_p1)
begin
    if (((ap_ST_pp1_stg0_fsm_3 == ap_CS_fsm) & (ap_const_logic_1 == ap_reg_ppiten_pp1_it1) & ~(ap_sig_bdd_96 & (ap_const_logic_1 == ap_reg_ppiten_pp1_it3)) & (ap_const_lv1_0 == exitcond_reg_736))) begin
        d_address0 = tmp_5_fu_529_p1;
    end else if (((ap_ST_pp0_stg0_fsm_2 == ap_CS_fsm) & (ap_const_logic_1 == ap_reg_ppiten_pp0_it1) & ~(ap_sig_bdd_73 & (ap_const_logic_1 == ap_reg_ppiten_pp0_it3)) & (exitcond2_reg_672 == ap_const_lv1_0))) begin
        d_address0 = tmp_12_fu_346_p1;
    end else begin
        d_address0 = tmp_5_fu_529_p1;
    end
end

/// d_address1 assign process. ///
always @ (ap_CS_fsm or ap_reg_ppiten_pp0_it1 or exitcond2_reg_672 or ap_sig_bdd_73 or ap_reg_ppiten_pp0_it3 or ap_reg_ppiten_pp1_it1 or exitcond_reg_736 or ap_sig_bdd_96 or ap_reg_ppiten_pp1_it3 or tmp_14_fu_366_p1 or tmp_6_fu_549_p1)
begin
    if (((ap_ST_pp1_stg0_fsm_3 == ap_CS_fsm) & (ap_const_logic_1 == ap_reg_ppiten_pp1_it1) & ~(ap_sig_bdd_96 & (ap_const_logic_1 == ap_reg_ppiten_pp1_it3)) & (ap_const_lv1_0 == exitcond_reg_736))) begin
        d_address1 = tmp_6_fu_549_p1;
    end else if (((ap_ST_pp0_stg0_fsm_2 == ap_CS_fsm) & (ap_const_logic_1 == ap_reg_ppiten_pp0_it1) & ~(ap_sig_bdd_73 & (ap_const_logic_1 == ap_reg_ppiten_pp0_it3)) & (exitcond2_reg_672 == ap_const_lv1_0))) begin
        d_address1 = tmp_14_fu_366_p1;
    end else begin
        d_address1 = tmp_6_fu_549_p1;
    end
end

/// d_ce0 assign process. ///
always @ (ap_CS_fsm or ap_reg_ppiten_pp0_it1 or exitcond2_reg_672 or ap_sig_bdd_73 or ap_reg_ppiten_pp0_it3 or ap_reg_ppiten_pp1_it1 or exitcond_reg_736 or ap_sig_bdd_96 or ap_reg_ppiten_pp1_it3)
begin
    if ((((ap_ST_pp0_stg0_fsm_2 == ap_CS_fsm) & (ap_const_logic_1 == ap_reg_ppiten_pp0_it1) & ~(ap_sig_bdd_73 & (ap_const_logic_1 == ap_reg_ppiten_pp0_it3)) & (exitcond2_reg_672 == ap_const_lv1_0)) | ((ap_ST_pp1_stg0_fsm_3 == ap_CS_fsm) & (ap_const_logic_1 == ap_reg_ppiten_pp1_it1) & ~(ap_sig_bdd_96 & (ap_const_logic_1 == ap_reg_ppiten_pp1_it3)) & (ap_const_lv1_0 == exitcond_reg_736)))) begin
        d_ce0 = ap_const_logic_1;
    end else begin
        d_ce0 = ap_const_logic_0;
    end
end

/// d_ce1 assign process. ///
always @ (ap_CS_fsm or ap_reg_ppiten_pp0_it1 or exitcond2_reg_672 or ap_sig_bdd_73 or ap_reg_ppiten_pp0_it3 or ap_reg_ppiten_pp1_it1 or exitcond_reg_736 or ap_sig_bdd_96 or ap_reg_ppiten_pp1_it3)
begin
    if ((((ap_ST_pp0_stg0_fsm_2 == ap_CS_fsm) & (ap_const_logic_1 == ap_reg_ppiten_pp0_it1) & ~(ap_sig_bdd_73 & (ap_const_logic_1 == ap_reg_ppiten_pp0_it3)) & (exitcond2_reg_672 == ap_const_lv1_0)) | ((ap_ST_pp1_stg0_fsm_3 == ap_CS_fsm) & (ap_const_logic_1 == ap_reg_ppiten_pp1_it1) & ~(ap_sig_bdd_96 & (ap_const_logic_1 == ap_reg_ppiten_pp1_it3)) & (ap_const_lv1_0 == exitcond_reg_736)))) begin
        d_ce1 = ap_const_logic_1;
    end else begin
        d_ce1 = ap_const_logic_0;
    end
end

/// i_1_phi_fu_150_p4 assign process. ///
always @ (ap_CS_fsm or i_1_reg_146 or ap_reg_ppiten_pp0_it1 or exitcond2_reg_672 or i_1_mid2_reg_694)
begin
    if (((ap_ST_pp0_stg0_fsm_2 == ap_CS_fsm) & (ap_const_logic_1 == ap_reg_ppiten_pp0_it1) & (exitcond2_reg_672 == ap_const_lv1_0))) begin
        i_1_phi_fu_150_p4 = i_1_mid2_reg_694;
    end else begin
        i_1_phi_fu_150_p4 = i_1_reg_146;
    end
end

/// i_phi_fu_194_p4 assign process. ///
always @ (ap_CS_fsm or i_reg_190 or ap_reg_ppiten_pp1_it1 or exitcond_reg_736 or i_mid2_reg_758)
begin
    if (((ap_ST_pp1_stg0_fsm_3 == ap_CS_fsm) & (ap_const_logic_1 == ap_reg_ppiten_pp1_it1) & (ap_const_lv1_0 == exitcond_reg_736))) begin
        i_phi_fu_194_p4 = i_mid2_reg_758;
    end else begin
        i_phi_fu_194_p4 = i_reg_190;
    end
end

/// indvar1_phi_fu_205_p4 assign process. ///
always @ (ap_CS_fsm or indvar1_reg_201 or ap_reg_ppiten_pp1_it1 or exitcond_reg_736 or indvar_next1_fu_559_p2)
begin
    if (((ap_ST_pp1_stg0_fsm_3 == ap_CS_fsm) & (ap_const_logic_1 == ap_reg_ppiten_pp1_it1) & (ap_const_lv1_0 == exitcond_reg_736))) begin
        indvar1_phi_fu_205_p4 = indvar_next1_fu_559_p2;
    end else begin
        indvar1_phi_fu_205_p4 = indvar1_reg_201;
    end
end

/// indvar_flatten1_phi_fu_139_p4 assign process. ///
always @ (ap_CS_fsm or indvar_flatten1_reg_135 or ap_reg_ppiten_pp0_it1 or exitcond2_reg_672 or indvar_flatten_next1_reg_676)
begin
    if (((ap_ST_pp0_stg0_fsm_2 == ap_CS_fsm) & (ap_const_logic_1 == ap_reg_ppiten_pp0_it1) & (exitcond2_reg_672 == ap_const_lv1_0))) begin
        indvar_flatten1_phi_fu_139_p4 = indvar_flatten_next1_reg_676;
    end else begin
        indvar_flatten1_phi_fu_139_p4 = indvar_flatten1_reg_135;
    end
end

/// indvar_flatten_phi_fu_183_p4 assign process. ///
always @ (ap_CS_fsm or indvar_flatten_reg_179 or ap_reg_ppiten_pp1_it1 or exitcond_reg_736 or indvar_flatten_next_reg_740)
begin
    if (((ap_ST_pp1_stg0_fsm_3 == ap_CS_fsm) & (ap_const_logic_1 == ap_reg_ppiten_pp1_it1) & (ap_const_lv1_0 == exitcond_reg_736))) begin
        indvar_flatten_phi_fu_183_p4 = indvar_flatten_next_reg_740;
    end else begin
        indvar_flatten_phi_fu_183_p4 = indvar_flatten_reg_179;
    end
end

/// indvar_phi_fu_161_p4 assign process. ///
always @ (ap_CS_fsm or indvar_reg_157 or ap_reg_ppiten_pp0_it1 or exitcond2_reg_672 or indvar_next_fu_376_p2)
begin
    if (((ap_ST_pp0_stg0_fsm_2 == ap_CS_fsm) & (ap_const_logic_1 == ap_reg_ppiten_pp0_it1) & (exitcond2_reg_672 == ap_const_lv1_0))) begin
        indvar_phi_fu_161_p4 = indvar_next_fu_376_p2;
    end else begin
        indvar_phi_fu_161_p4 = indvar_reg_157;
    end
end

/// j_1_phi_fu_172_p4 assign process. ///
always @ (ap_CS_fsm or j_1_reg_168 or ap_reg_ppiten_pp0_it1 or exitcond2_reg_672 or tmp_18_fu_371_p2)
begin
    if (((ap_ST_pp0_stg0_fsm_2 == ap_CS_fsm) & (ap_const_logic_1 == ap_reg_ppiten_pp0_it1) & (exitcond2_reg_672 == ap_const_lv1_0))) begin
        j_1_phi_fu_172_p4 = tmp_18_fu_371_p2;
    end else begin
        j_1_phi_fu_172_p4 = j_1_reg_168;
    end
end

/// j_phi_fu_216_p4 assign process. ///
always @ (ap_CS_fsm or j_reg_212 or ap_reg_ppiten_pp1_it1 or exitcond_reg_736 or tmp_10_fu_554_p2)
begin
    if (((ap_ST_pp1_stg0_fsm_3 == ap_CS_fsm) & (ap_const_logic_1 == ap_reg_ppiten_pp1_it1) & (ap_const_lv1_0 == exitcond_reg_736))) begin
        j_phi_fu_216_p4 = tmp_10_fu_554_p2;
    end else begin
        j_phi_fu_216_p4 = j_reg_212;
    end
end
assign V_bus_rsp_read = ap_const_logic_0;
assign V_bus_size = ap_const_lv32_0;

/// ap_sig_bdd_73 assign process. ///
always @ (V_bus_req_full_n or ap_reg_ppstg_exitcond2_reg_672_pp0_it2)
begin
    ap_sig_bdd_73 = ((V_bus_req_full_n == ap_const_logic_0) & (ap_reg_ppstg_exitcond2_reg_672_pp0_it2 == ap_const_lv1_0));
end

/// ap_sig_bdd_96 assign process. ///
always @ (V_bus_req_full_n or ap_reg_ppstg_exitcond_reg_736_pp1_it2)
begin
    ap_sig_bdd_96 = ((V_bus_req_full_n == ap_const_logic_0) & (ap_const_lv1_0 == ap_reg_ppstg_exitcond_reg_736_pp1_it2));
end
assign counter_cast_fu_256_p1 = {{12{1'b0}}, {counter}};
assign d_addr1_fu_360_p2 = (d_addr3_cast_fu_336_p1 + tmp_16_trn_cast_fu_356_p1);
assign d_addr3_cast_fu_336_p1 = {{1{1'b0}}, {d_addr3_fu_330_p2}};
assign d_addr3_fu_330_p2 = tmp_5_trn2_cast_fu_324_p1 << ap_const_lv13_6;
assign d_addr4_fu_340_p2 = (d_addr3_cast_fu_336_p1 + tmp_14_trn_cast_fu_327_p1);
assign d_addr6_fu_543_p2 = (d_addr8_cast_fu_519_p1 + tmp_9_trn_cast_fu_539_p1);
assign d_addr8_cast_fu_519_p1 = {{1{1'b0}}, {d_addr8_fu_513_p2}};
assign d_addr8_fu_513_p2 = tmp_4_trn7_cast_fu_507_p1 << ap_const_lv13_6;
assign d_addr9_fu_523_p2 = (d_addr8_cast_fu_519_p1 + tmp_7_trn_cast_fu_510_p1);
assign exitcond1_fu_471_p2 = (indvar1_phi_fu_205_p4 == ap_const_lv5_10? 1'b1: 1'b0);
assign exitcond2_fu_276_p2 = (indvar_flatten1_phi_fu_139_p4 == ap_const_lv11_400? 1'b1: 1'b0);
assign exitcond3_fu_288_p2 = (indvar_phi_fu_161_p4 == ap_const_lv5_10? 1'b1: 1'b0);
assign exitcond_fu_459_p2 = (indvar_flatten_phi_fu_183_p4 == ap_const_lv11_400? 1'b1: 1'b0);
assign i_1_cast_fu_381_p1 = {{6{1'b0}}, {ap_reg_ppstg_i_1_mid2_reg_694_pp0_it1}};
assign i_cast_fu_564_p1 = {{6{1'b0}}, {ap_reg_ppstg_i_mid2_reg_758_pp1_it1}};
assign indvar1_cast_fu_586_p1 = {{2{1'b0}}, {ap_reg_ppstg_indvar1_mid2_reg_745_pp1_it1}};
assign indvar_cast_fu_390_p1 = {{2{1'b0}}, {ap_reg_ppstg_indvar_mid2_reg_681_pp0_it1}};
assign indvar_next1_fu_559_p2 = (indvar1_mid2_reg_745 + ap_const_lv5_1);
assign indvar_next_fu_376_p2 = (indvar_mid2_reg_681 + ap_const_lv5_1);
assign or_cond_fu_244_p2 = (tmp_1_fu_232_p2 & tmp_2_fu_238_p2);
assign p_0_fu_436_p3 = {{tmp13_fu_432_p1}, {tmp14_fu_428_p1}};
assign p_s_fu_633_p3 = {{tmp11_fu_629_p1}, {tmp12_fu_625_p1}};
assign tmp10_fu_413_p2 = (tmp7_cast_cast_fu_409_p1 + tmp3_reg_667);
assign tmp11_fu_629_p1 = reg_228;
assign tmp12_fu_625_p1 = reg_224;
assign tmp13_fu_432_p1 = reg_228;
assign tmp14_fu_428_p1 = reg_224;
assign tmp1_cast_fu_266_p1 = {{1{1'b0}}, {tmp1_fu_260_p2}};
assign tmp1_fu_260_p2 = counter_cast_fu_256_p1 << ap_const_lv19_C;
assign tmp2_cast_fu_582_p1 = {{2{1'b0}}, {tmp2_fu_577_p2}};
assign tmp2_fu_577_p2 = (tmp1_cast_reg_662 + tmp4_cast_fu_573_p1);
assign tmp3_fu_270_p2 = (ap_const_lv20_42000 - tmp1_cast_fu_266_p1);
assign tmp4_cast_fu_573_p1 = {{7{1'b0}}, {tmp4_fu_567_p2}};
assign tmp4_fu_567_p2 = i_cast_fu_564_p1 << ap_const_lv13_6;
assign tmp5_fu_599_p2 = (tmp8_cast_fu_595_p1 | ap_const_lv15_5000);
assign tmp6_fu_384_p2 = i_1_cast_fu_381_p1 << ap_const_lv13_6;
assign tmp7_cast_cast_fu_409_p1 = {{7{1'b0}}, {tmp7_fu_403_p2}};
assign tmp7_fu_403_p2 = (tmp6_fu_384_p2 + tmp_cast_fu_399_p1);
assign tmp8_cast_fu_595_p1 = {{8{1'b0}}, {tmp8_fu_589_p2}};
assign tmp8_fu_589_p2 = indvar1_cast_fu_586_p1 << ap_const_lv7_2;
assign tmp9_fu_609_p0 = {{7{tmp5_fu_599_p2[14]}}, {tmp5_fu_599_p2}};
assign tmp9_fu_609_p2 = (tmp9_fu_609_p0 + tmp2_cast_fu_582_p1);
assign tmp_10_fu_554_p2 = (j_mid2_reg_751 + ap_const_lv7_4);
assign tmp_12_fu_346_p1 = {{50{1'b0}}, {d_addr4_fu_340_p2}};
assign tmp_13_dup_fu_310_p2 = (i_1_phi_fu_150_p4 + ap_const_lv7_1);
assign tmp_13_fu_351_p2 = (j_1_mid2_reg_687 | ap_const_lv7_2);
assign tmp_14_fu_366_p1 = {{50{1'b0}}, {d_addr1_fu_360_p2}};
assign tmp_14_trn_cast_fu_327_p1 = {{7{1'b0}}, {j_1_mid2_reg_687}};
assign tmp_15_fu_444_p1 = {{64{1'b0}}, {p_0_fu_436_p3}};
assign tmp_16_trn_cast_fu_356_p1 = {{7{1'b0}}, {tmp_13_fu_351_p2}};
assign tmp_17_fu_449_p1 = {{46{tmp_16_reg_721[17]}}, {tmp_16_reg_721}};
assign tmp_18_fu_371_p2 = (j_1_mid2_reg_687 + ap_const_lv7_4);
assign tmp_1_fu_232_p2 = (counter < ap_const_lv7_43? 1'b1: 1'b0);
assign tmp_2_fu_238_p2 = (counter > ap_const_lv7_2? 1'b1: 1'b0);
assign tmp_3_fu_250_p2 = (tag == ap_const_lv2_0? 1'b1: 1'b0);
assign tmp_4_trn7_cast_fu_507_p1 = {{6{1'b0}}, {i_mid2_reg_758}};
assign tmp_5_fu_529_p1 = {{50{1'b0}}, {d_addr9_fu_523_p2}};
assign tmp_5_trn2_cast_fu_324_p1 = {{6{1'b0}}, {i_1_mid2_reg_694}};
assign tmp_6_dup_fu_493_p2 = (i_phi_fu_194_p4 + ap_const_lv7_1);
assign tmp_6_fu_549_p1 = {{50{1'b0}}, {d_addr6_fu_543_p2}};
assign tmp_7_trn_cast_fu_510_p1 = {{7{1'b0}}, {j_mid2_reg_751}};
assign tmp_8_fu_534_p2 = (j_mid2_reg_751 | ap_const_lv7_2);
assign tmp_9_fu_646_p1 = {{44{tmp_7_reg_785[19]}}, {tmp_7_reg_785}};
assign tmp_9_trn_cast_fu_539_p1 = {{7{1'b0}}, {tmp_8_fu_534_p2}};
assign tmp_cast_fu_399_p1 = {{6{1'b0}}, {tmp_fu_393_p2}};
assign tmp_fu_393_p2 = indvar_cast_fu_390_p1 << ap_const_lv7_2;
assign tmp_s_fu_641_p1 = {{64{1'b0}}, {p_s_fu_633_p3}};
always @ (ap_clk)
begin
    tmp1_cast_reg_662[0] <= 1'b0;
    tmp1_cast_reg_662[1] <= 1'b0;
    tmp1_cast_reg_662[2] <= 1'b0;
    tmp1_cast_reg_662[3] <= 1'b0;
    tmp1_cast_reg_662[4] <= 1'b0;
    tmp1_cast_reg_662[5] <= 1'b0;
    tmp1_cast_reg_662[6] <= 1'b0;
    tmp1_cast_reg_662[7] <= 1'b0;
    tmp1_cast_reg_662[8] <= 1'b0;
    tmp1_cast_reg_662[9] <= 1'b0;
    tmp1_cast_reg_662[10] <= 1'b0;
    tmp1_cast_reg_662[11] <= 1'b0;
    tmp1_cast_reg_662[19] <= 1'b0;
end

always @ (ap_clk)
begin
    tmp3_reg_667[0] <= 1'b0;
    tmp3_reg_667[1] <= 1'b0;
    tmp3_reg_667[2] <= 1'b0;
    tmp3_reg_667[3] <= 1'b0;
    tmp3_reg_667[4] <= 1'b0;
    tmp3_reg_667[5] <= 1'b0;
    tmp3_reg_667[6] <= 1'b0;
    tmp3_reg_667[7] <= 1'b0;
    tmp3_reg_667[8] <= 1'b0;
    tmp3_reg_667[9] <= 1'b0;
    tmp3_reg_667[10] <= 1'b0;
    tmp3_reg_667[11] <= 1'b0;
end



endmodule //write_r